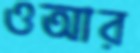
ওআর